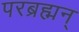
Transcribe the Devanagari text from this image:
परब्रह्मन्